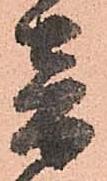
音